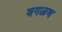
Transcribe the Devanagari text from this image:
वगळण